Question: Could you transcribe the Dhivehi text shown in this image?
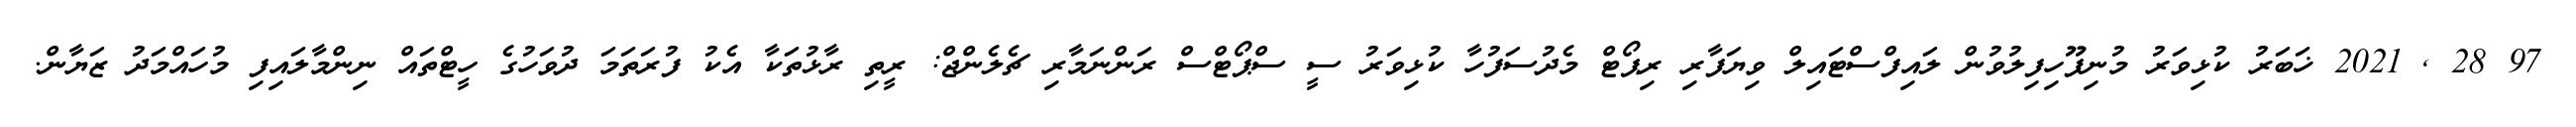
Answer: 97 28 , 2021 ޚަބަރު ކުޅިވަރު މުނިފޫހިފިލުވުން ލައިފްސްޓައިލް ވިޔަފާރި ރިޕޯޓް މެދުސަފުހާ ކުޅިވަރު ސީ ސްޕޯޓްސް ރަންނަމާރި ޗެލެންޖް: ރީތި ރާޅުތަކާ އެކު ފުރަތަމަ ދުވަހުގެ ހީޓްތައް ނިންމާލައިފި މުހައްމަދު ޒަޔާން.